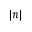
| n |